Insane asylums in Bengal annual reports 1876-1887 - 1876-1887
Year: 1876
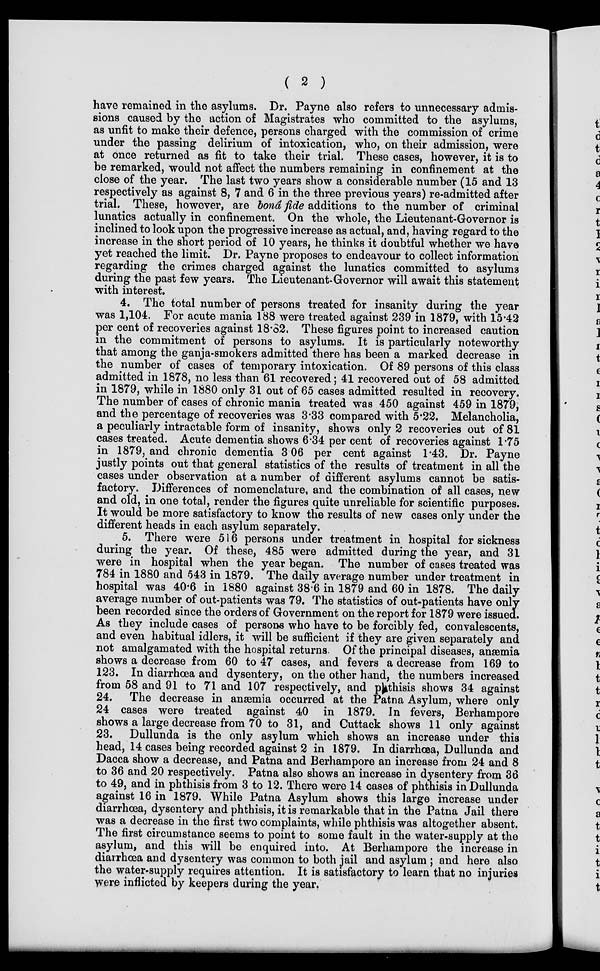
( 2 )
have remained in the asylums. Dr. Payne also refers to unnecessary admis-
sions caused by the action of Magistrates who committed to the asylums,
as unfit to make their defence, persons charged with the commission of crime
under the passing delirium of intoxication, who, on their admission, were
at once returned as fit to take their trial. These cases, however, it is to
be remarked, would not affect the numbers remaining in confinement at the
close of the year. The last two years show a considerable number (15 and 13
respectively as against 8, 7 and 6 in the three previous years) re-admitted after
trial. These, however, are bond fide additions to the number of criminal
lunatics actually in confinement. On the whole, the Lieutenant-Governor is
inclined to look upon the progressive increase as actual, and, having regard to the
increase in the short period of 10 years, he thinks it doubtful whether we have
yet reached the limit. Dr. Payne proposes to endeavour to collect information
regarding the crimes charged against the lunatics committed to asylums
during the past few years. The Lieutenant-Governor will await this statement
with interest.
4. The total number of persons treated for insanity during the year
was 1,104. For acute mania 188 were treated against 239 in 1879, with 15.42
per cent of recoveries against 18.82. These figures point to increased caution
in the commitment of persons to asylums. It is particularly noteworthy
that among the ganja-smokers admitted there has been a marked decrease in
the number of cases of temporary intoxication. Of 89 persons of this class
admitted in 1878, no less than 61 recovered; 41 recovered out of 58 admitted
in 1879, while in 1880 only 31 out of 65 cases admitted resulted in recovery.
The number of cases of chronic mania treated was 450 against 459 in 1879,
and the percentage of recoveries was 3.33 compared with 5.22. Melancholia,
a peculiarly intractable form of insanity, shows only 2 recoveries out of 81
cases treated. Acute dementia shows 6.34 per cent of recoveries against 1.75
in 1879, and chronic dementia 3.06 per cent against 1.43. Dr. Payne
justly points out that general statistics of the results of treatment in all the
cases under observation at a number of different asylums cannot be satis-
factory. Differences of nomenclature, and the combination of all cases, new
and old, in one total, render the figures quite unreliable for scientific purposes.
It would be more satisfactory to know the results of new cases only under the
different heads in each asylum separately.
5. There were 516 persons under treatment in hospital for sickness
during the year. Of these, 485 were admitted during the year, and 31
were in hospital when the year began. The number of cases treated was
784 in 1880 and 543 in 1879. The daily average number under treatment in
hospital was 40.6 in 1880 against 38.6 in 1879 and 60 in 1878. The daily
average number of out-patients was 79. The statistics of out-patients have only
been recorded since the orders of Government on the report for 1879 were issued.
As they include cases of persons who have to be forcibly fed, convalescents,
and even habitual idlers, it will be sufficient if they are given separately and
not amalgamated with the hospital returns. Of the principal diseases, anæmia
shows a decrease from 60 to 47 cases, and fevers a decrease from 169 to
123. In diarrhœa and dysentery, on the other hand, the numbers increased
from 58 and 91 to 71 and 107 respectively, and phthisis shows 34 against
24. The decrease in anæmia occurred at the Patna Asylum, where only
24 cases were treated against 40 in 1879. In fevers, Berhampore
shows a large decrease from 70 to 31, and Cuttack shows 11 only against
23. Dullunda is the only asylum which shows an increase under this
head, 14 cases being recorded against 2 in 1879. In diarrhœa, Dullunda and
Dacca show a decrease, and Patna and Berhampore an increase from 24 and 8
to 36 and 20 respectively. Patna also shows an increase in dysentery from 36
to 49, and in phthisis from 3 to 12. There were 14 cases of phthisis in Dullunda
against 16 in 1879. While Patna Asylum shows this large increase under
diarrhœa, dysentery and phthisis, it is remarkable that in the Patna Jail there
was a decrease in the first two complaints, while phthisis was altogether absent,
The first circumstance seems to point to some fault in the water-supply at the
asylum, and this will be enquired into. At Berhampore the increase in
diarrhœa and dysentery was common to both jail and asylum ; and here also
the water-supply requires attention. It is satisfactory to learn that no injuries
were inflicted by keepers during the year.